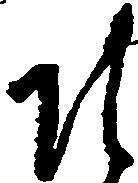
そ